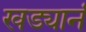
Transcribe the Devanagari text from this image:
खड्यानं